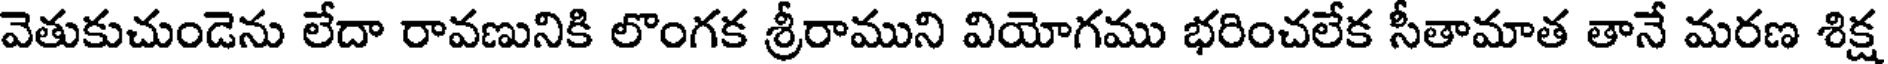
వెతుకుచుండెను లేదా రావణునికి లొంగక శ్రీరాముని వియోగము భరించలేక సీతామాత తానే మరణ శిక్ష